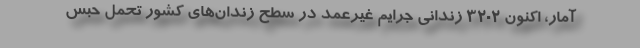
آمار، اکنون ۳۲۰۲ زندانی جرایم غیرعمد در سطح زندان‌های کشور تحمل حبس